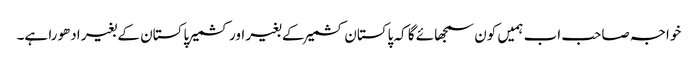
خواجہ صاحب اب ہمیں کون سمجھائے گا کہ پاکستان کشمیر کے بغیر اور کشمیر پاکستان کے بغیر ادھورا ہے۔